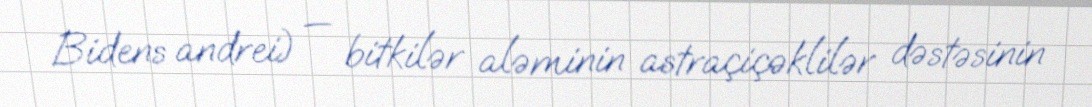
Bidens andrei) — bitkilər aləminin astraçiçəklilər dəstəsinin